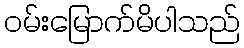
ဝမ်းမြောက်မိပါသည်